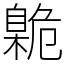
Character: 臲